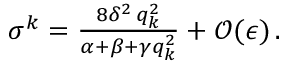
\begin{array} { r } { \sigma ^ { k } = \frac { 8 \delta ^ { 2 } \, q _ { k } ^ { 2 } } { \alpha + \beta + \gamma q _ { k } ^ { 2 } } + \mathcal { O } ( \epsilon ) \, . } \end{array}